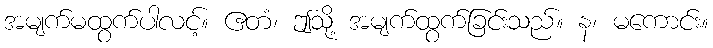
အမျက်မထွက်ပါလင့်။ ဧတံ၊ ဤသို့ အမျက်ထွက်ခြင်းသည်။ န၊ မကောင်း။